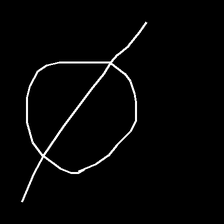
Glyph: orb